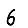
Digit: 6